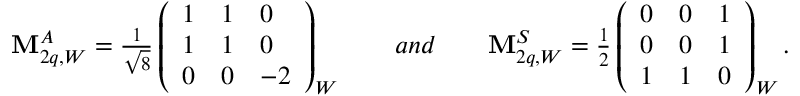
\begin{array} { c } { { { \bf M } _ { 2 q , W } ^ { A } = \frac { 1 } { \sqrt 8 } \left( \begin{array} { l l l } { { 1 } } & { { 1 } } & { { 0 } } \\ { { 1 } } & { { 1 } } & { { 0 } } \\ { { 0 } } & { { 0 } } & { { - 2 } } \end{array} \right) _ { W } \quad \quad a n d \quad \quad { \bf M } _ { 2 q , W } ^ { S } = \frac { 1 } { 2 } \left( \begin{array} { l l l } { { 0 } } & { { 0 } } & { { 1 } } \\ { { 0 } } & { { 0 } } & { { 1 } } \\ { { 1 } } & { { 1 } } & { { 0 } } \end{array} \right) _ { W } . } } \end{array}